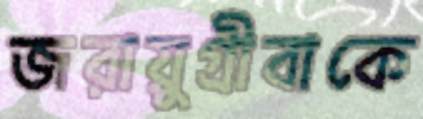
জরায়ুগ্রীবাকে